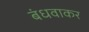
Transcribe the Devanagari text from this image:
बंधवाकर